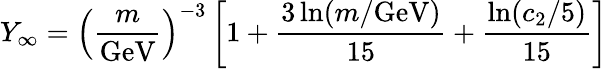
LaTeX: Y_{\infty}=\left(\frac{m}{\textrm{GeV}}\right)^{-3}\left[1+\frac{3\ln(m/\textrm{GeV})}{15}+\frac{\ln(c_{2}/5)}{15}\right]